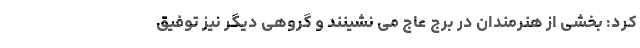
کرد: بخشی از هنرمندان در برج عاج می نشینند و گروهی دیگر نیز توفیق